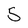
Character: 5